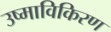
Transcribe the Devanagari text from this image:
उष्माविकिरण